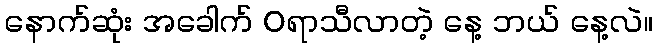
နောက်ဆုံး အခေါက် 0ရာသီလာတဲ့ နေ့ ဘယ် နေ့လဲ။